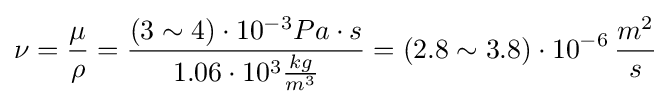
\nu ={\frac {\mu }{\rho }}={\frac {(3\sim 4)\cdot 10^{-3}Pa\cdot s}{1.06\cdot 10^{3}{\frac {kg}{m^{3}}}}}=(2.8\sim 3.8)\cdot 10^{-6}\,{\frac {m^{2}}{s}}